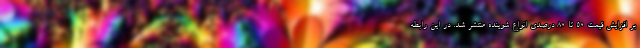
بر افزایش قیمت ۵۰ تا ۸۰ درصدی انواع شوینده منتشر شد. در این رابطه